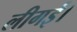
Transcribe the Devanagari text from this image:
लीगई।